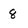
Character: 8